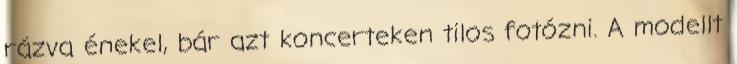
rázva énekel, bár azt koncerteken tilos fotózni. A modellt